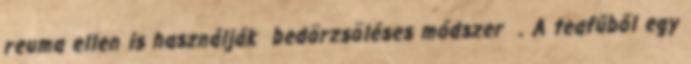
reuma ellen is használják bedörzsöléses módszer . A teafűből egy